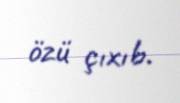
özü çıxıb.